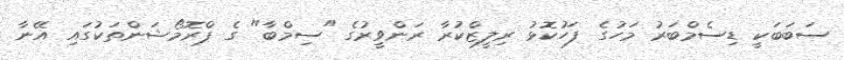
ސަބަބަކީ ޑިސެމްބަރު މަހުގެ ފަހުކޮޅު ރިލީޒްކުރާ ރަންވީރުގެ "ސިމްބާ" ގެ ޕްރޮމޯޝަންތަކުގައި އޭނާ